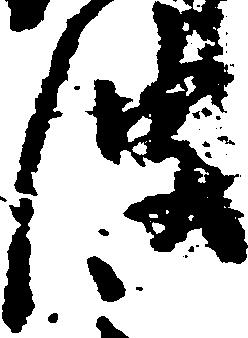
波